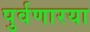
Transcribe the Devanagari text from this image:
पुर्वणारया